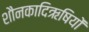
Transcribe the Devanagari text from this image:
शौनकादिऋषियों